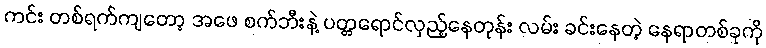
ကင်း တစ်ရက်ကျတော့ အဖေ စက်ဘီးနဲ့ ပတ္တရောင်လှည့်နေတုန်း လမ်း ခင်းနေတဲ့ နေရာတစ်ခုကို